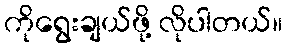
ကိုရွေးချယ်ဖို့ လိုပါတယ်။